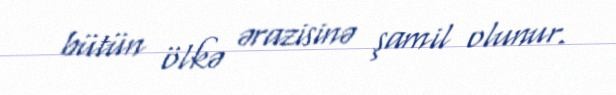
bütün ölkə ərazisinə şamil olunur.